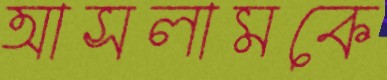
আসলামকে